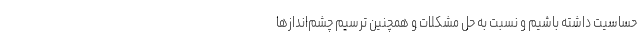
حساسیت داشته باشیم و نسبت به حل مشکلات و همچنین ترسیم چشم‌اندازها